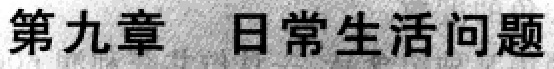
第九章 日常生活问题